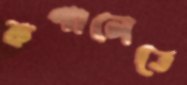
কপালেতে